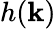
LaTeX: h(\mathbf{k})